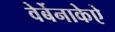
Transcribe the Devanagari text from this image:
वेर्बेनाकेऐ